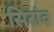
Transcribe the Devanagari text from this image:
सिरांव